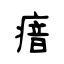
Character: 瘖